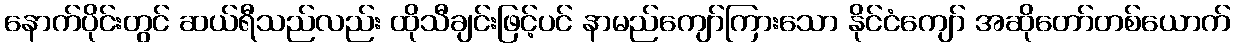
နောက်ပိုင်းတွင် ဆယ်ရီသည်လည်း ထိုသီချင်းဖြင့်ပင် နာမည်ကျော်ကြားသော နိုင်ငံကျော် အဆိုတော်တစ်ယောက်